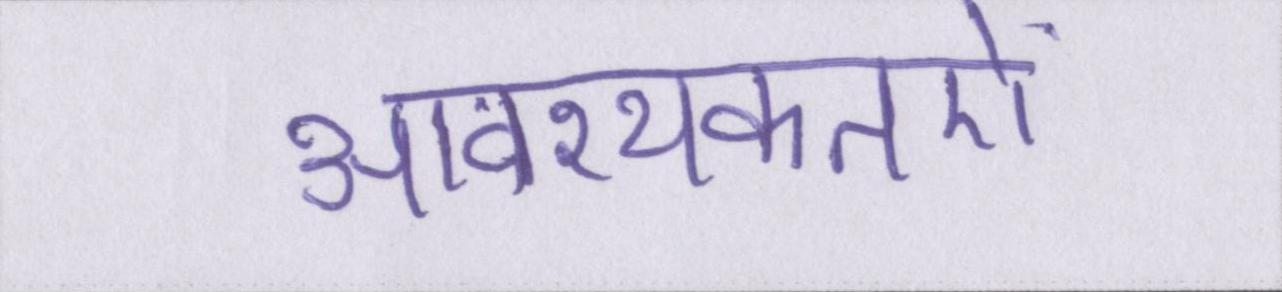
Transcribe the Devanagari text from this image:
आवश्यकतऐं